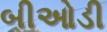
બીઓડી